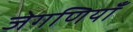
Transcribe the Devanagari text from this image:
जेगणियाँ